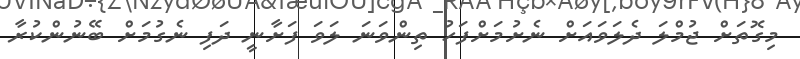
މިގޮތަށް ޖުމްލަ ދެލަވައަށް ނެށުމަށްފަހު ތިންވަނަ ލަވަ ފަށާނީ ދަފި ނެގުމަށް ބޭނުންކުރާ